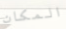
المكان